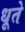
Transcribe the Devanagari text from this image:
धूते